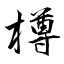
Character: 樽